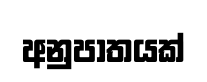
අනුපාතයක්